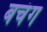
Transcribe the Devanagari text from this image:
बचंग